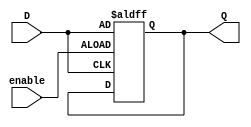
module Gated_D_latch(
    input D,
    input enable,
    output reg Q
);
    always @(posedge enable or posedge D)
    begin
        if (enable)
            Q <= D;
    end
endmodule